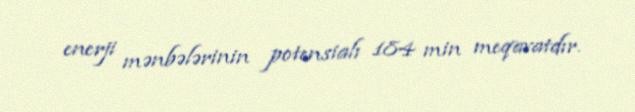
enerji mənbələrinin potensialı 184 min meqavatdır.